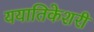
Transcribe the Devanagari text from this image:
ययातिकेशरी